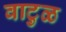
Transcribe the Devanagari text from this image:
वाटुळ